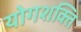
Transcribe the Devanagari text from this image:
योगशक्‍ति